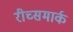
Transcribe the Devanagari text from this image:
रीच्समार्क